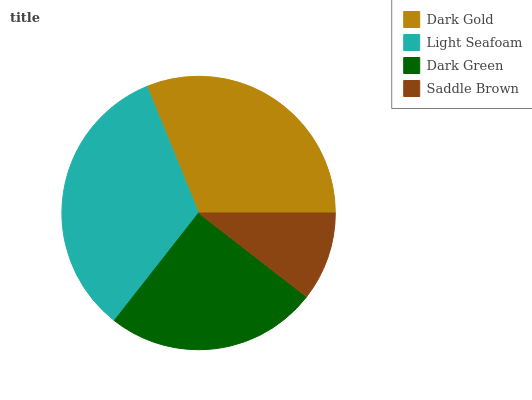
| Dark Gold | Light Seafoam | Dark Green | Saddle Brown |
 | --- | --- | --- | --- |
 | 31.2% | 33.2% | 25.1% | 10.5% |